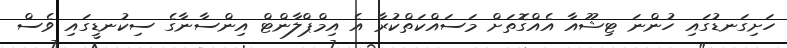
ހަށިގަނޑުގައި ހުންނަ ޓިޝޫއާ އެއްގޮތަށް މަސައްކަތްކުރާ އެ އިމްޕްލާންޓް އިންސާނާގެ ސިކުނޑީގައި ވެސް